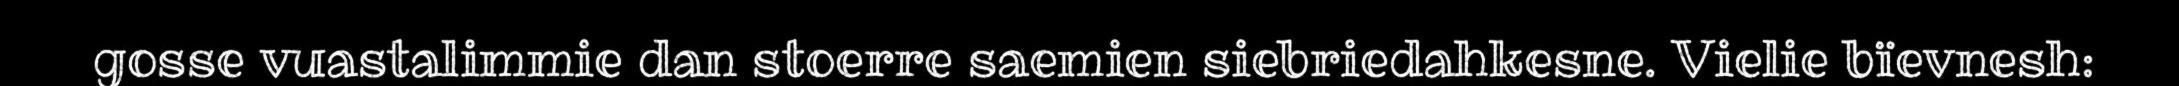
gosse vuastalimmie dan stoerre saemien siebriedahkesne. Vielie bïevnesh: